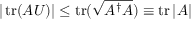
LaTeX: | \operatorname { t r } ( A U ) | \leq \operatorname { t r } ( { \sqrt { A ^ { \dagger } A } } ) \equiv \operatorname { t r } | A |